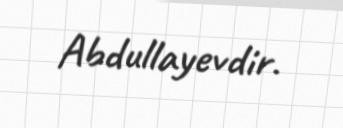
Abdullayevdir.